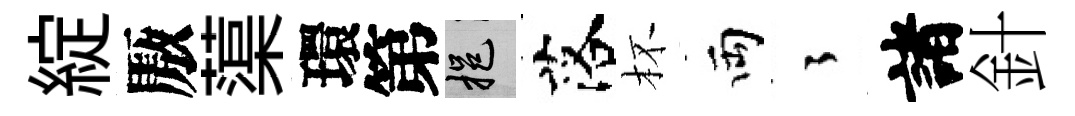
綻厫蕖環第挹落杯両徃諸針